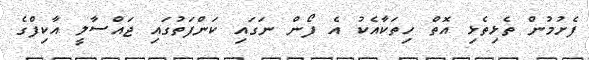
ފެށުމުން ތެޅިތެޅި އޮތް ހިތަކާއެކު އެ ފޯން ނަގައި ކަންފަތުގައި ޖައްސާލީ އާކިފްގެ